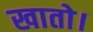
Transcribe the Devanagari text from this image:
खातो।